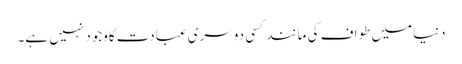
دنیامیں طواف کی مانند کسی دوسری عبادت کاوجود نہیں ہے۔